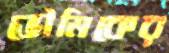
ভৌমিকের